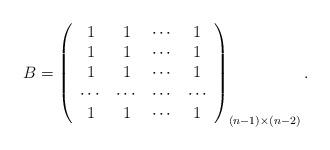
LaTeX: \begin{align*}B = \left(\begin{array}{cccc} 1 & 1 & \cdots & 1 \\ 1 & 1 & \cdots & 1 \\ 1 & 1 & \cdots & 1 \\ \cdots & \cdots & \cdots & \cdots \\ 1 & 1 & \cdots & 1 \\\end{array}\right)_{(n-1)\times(n-2)}.\end{align*}